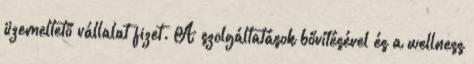
üzemeltető vállalat fizet. A szolgáltatások bővítésével és a wellness